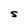
Character: S